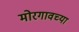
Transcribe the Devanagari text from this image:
मोरगावच्या